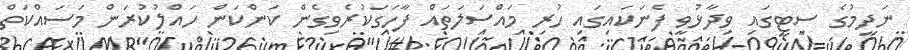
ނަދީމުގެ ސިޓީގައި ވިދާޅުވީ ފެނަކައިގައި ހުރި މައްސަލަތައް ފާހަގަކުރެވިގެން ކަންކަން ހައްލުކުރަން މަސައްކަތް